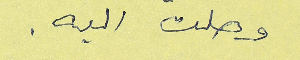
وصلت اليه.